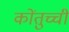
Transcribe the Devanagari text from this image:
कोंतुच्ची